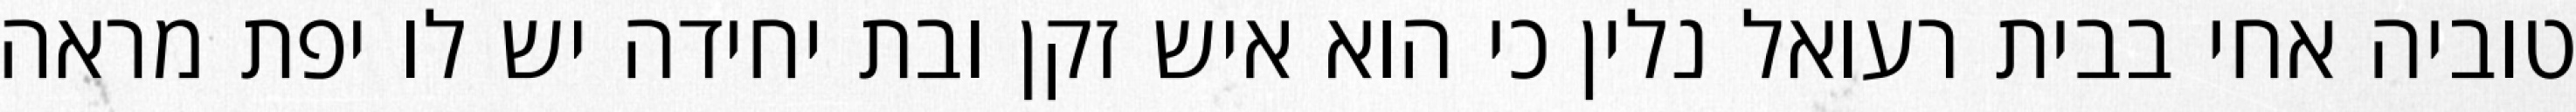
טוביה אחי בבית רעואל נלין כי הוא איש זקן ובת יחידה יש לו יפת מראה